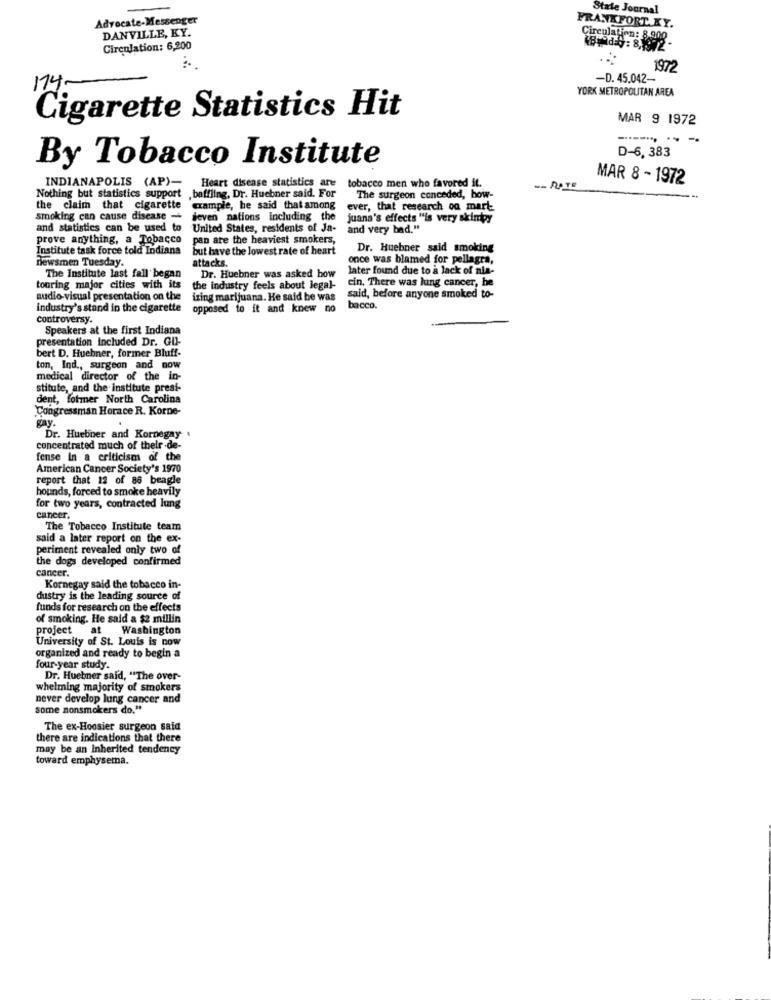
State Journal
Advocate-Messenger
DANVILLE, KY.
FRANKFORT. KY.
Circulation: 6,200
197
114-
-D. 45.042-
YORK METROPOLITAN AREA
Cigarette Statistics Hit
MAR 9 1972
By Tobacco Institute
D-6, 383
MAR 8 - 1972
INDIANAPOLIS (AP)-
Heart disease statistics are
tobacco men who favored it.
- RATE
Nothing but statistics support ,baffling, Dr. Huebner said. For
The surgeon conceded, how-
the claim that cigarette example, he said that among
ever, that research on mart
smoking can cause disease -
deven nations including the
juana's effects "is very skimpy
and statistics can be used to
United States, residents of Ja-
and very bad."
prove anything, a Tobacco
pan are the heaviest smokers,
Institute task force told Indiana
but have the lowest rate of heart
Dr. Huebner said smoking
newsmen Tuesday.
attacks.
once was blamed for pellagra,
later found due to a lack of nia-
The Institute last fall began
Dr. Huebner was asked how
cin, There was lung cancer, he
touring major cities with its
the industry feels about legal-
audio-visual presentation on the
izing marijuana. He said be was
said, before anyone smoked to-
industry's stand in the cigarette
opposed to it and knew no
bacco.
controversy.
Speakers at the first Indiana
presentation Included Dr. GU-
bert D. Huebner, former Bluff-
ton, Ind ., surgeon and now
medical director of the in-
stitute, and the institute presi-
dent, folmer North Carolina
Congressman Horace R. Korne-
gay.
Dr. Huebner and Kornegay
concentrated much of their-de-
fense In a criticism of the
American Cancer Society's 1970
report that 12 of 86 beagle
hounds, forced to smoke heavily
for two years, contracted lung
cancer.
The Tobacco Institute team
said a later report on the ex-
periment revealed only two of
the dogs developed confirmed
cancer.
Kornegay said the tobacco in-
dustry is the leading source of
funds for research on the effects
of smoking. He said a $2 millin
project
at
Washington
University of St. Louis is now
organized and ready to begin a
four-year study.
Dr. Huetmer said, "The over-
whelming majority of smokers
never develop lung cancer and
some nonsmokers do."
The ex-Hoosier surgeon said
there are indications that there
may be an Inherited tendency
toward emphysema.